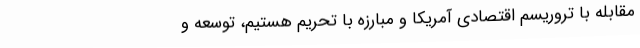
مقابله با تروریسم اقتصادی آمریکا و مبارزه با تحریم هستیم، توسعه و